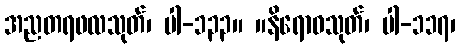
အညတရဖလသုတ်၊ ပါ-၁၃၃။ ။နိရောဓသုတ်၊ ပါ-၁၁၇၊